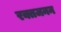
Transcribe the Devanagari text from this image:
रक्तजनन